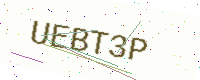
Text: UEBT3P